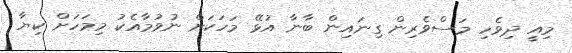
މިއީ ދިވެހި މަސްވެރިން ގިނައިން ބާނާ އުޅޭ މަހަކަށް ނުވުމާއެކު މިމަހަށް ކިޔާ